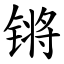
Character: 锵